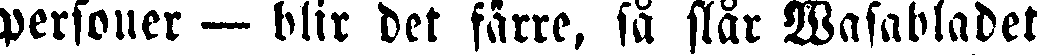
personer — blir det färre, så står Wasabladet